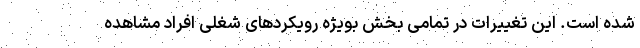
شده است. این تغییرات در تمامی بخش بویژه رویکردهای شغلی افراد مشاهده